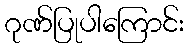
ဂုဏ်ပြုပါကြောင်း